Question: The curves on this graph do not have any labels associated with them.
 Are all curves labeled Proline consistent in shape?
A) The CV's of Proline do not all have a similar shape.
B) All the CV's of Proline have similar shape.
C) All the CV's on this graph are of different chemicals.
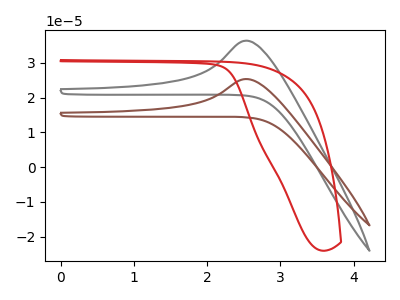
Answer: <think>The gray curve "gray" has an anodic peak at: (2.55V, 36.35uA). The brown curve "brown" has an anodic peak at: (2.55V, 25.35uA). The red curve "red" has no peaks.
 All the peaks in "gray" have a peak in "brown" at the same potential. Every peak in "gray" is higher than every peak in "brown". "gray" and "red" have a different number of peaks. "brown" and "red" have a different number of peaks.</think>
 <answer>B) All the CV's of "Proline" have similar shape.</answer>
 <eval>B</eval>